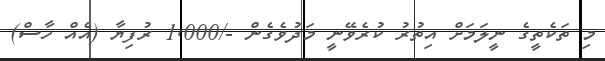
މި ތަކެތީގެ ނީލަމަށް އިތުރު ކުރެވޭނީ މަދުވެގެން -/1